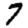
Digit: 7